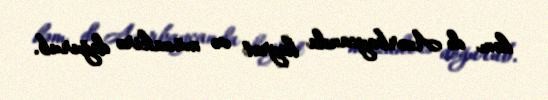
həm də Azərbaycanda heyrət və müzakirə doğurub.